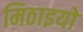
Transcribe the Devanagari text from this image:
मिठाइयो